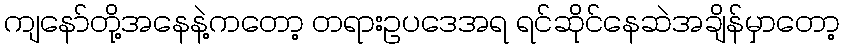
ကျနော်တို့အနေနဲ့ကတော့ တရားဥပဒေအရ ရင်ဆိုင်နေဆဲအချိန်မှာတော့